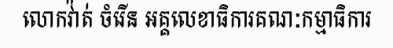
លោកវ៉ាត់ ចំរើន អគ្គលេខាធិការគណៈកម្មាធិការ